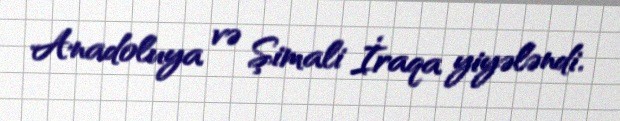
Anadoluya və Şimali İraqa yiyələndi.